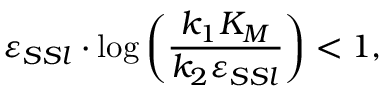
\varepsilon _ { S S l } \cdot \log \left( \frac { k _ { 1 } K _ { M } } { k _ { 2 } \varepsilon _ { S S l } } \right) < 1 ,